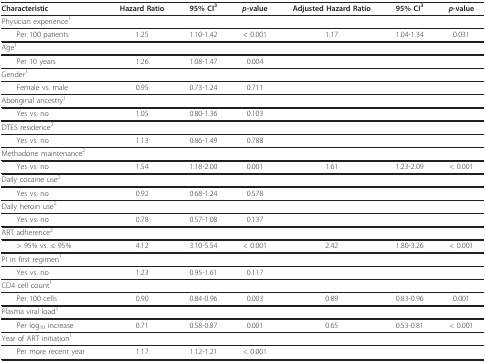
<table><thead><tr><td><b>Characteristic</b></td><td><b>Hazard Ratio</b></td><td><b>95% CI<sup>3</sup></b></td><td><b><i>p</i>-value</b></td><td><b>Adjusted Hazard Ratio</b></td><td><b>95% CI<sup>3</sup></b></td><td><b><i>p</i>-value</b></td></tr></thead><tbody><tr><td>Physician experience<sup>1</sup></td><td></td><td></td><td></td><td></td><td></td><td></td></tr><tr><td> Per 100 patients</td><td>1.25</td><td>1.10-1.42</td><td>&lt; 0.001</td><td>1.17</td><td>1.04-1.34</td><td>0.031</td></tr><tr><td>Age<sup>1</sup></td><td></td><td></td><td></td><td></td><td></td><td></td></tr><tr><td> Per 10 years</td><td>1.26</td><td>1.08-1.47</td><td>0.004</td><td></td><td></td><td></td></tr><tr><td>Gender<sup>1</sup></td><td></td><td></td><td></td><td></td><td></td><td></td></tr><tr><td> Female vs. male</td><td>0.95</td><td>0.73-1.24</td><td>0.711</td><td></td><td></td><td></td></tr><tr><td>Aboriginal ancestry<sup>1</sup></td><td></td><td></td><td></td><td></td><td></td><td></td></tr><tr><td> Yes vs. no</td><td>1.05</td><td>0.80-1.36</td><td>0.103</td><td></td><td></td><td></td></tr><tr><td>DTES residence<sup>2</sup></td><td></td><td></td><td></td><td></td><td></td><td></td></tr><tr><td> Yes vs. no</td><td>1.13</td><td>0.86-1.49</td><td>0.788</td><td></td><td></td><td></td></tr><tr><td>Methadone maintenance<sup>2</sup></td><td></td><td></td><td></td><td></td><td></td><td></td></tr><tr><td> Yes vs. no</td><td>1.54</td><td>1.18-2.00</td><td>0.001</td><td>1.61</td><td>1.23-2.09</td><td>&lt; 0.001</td></tr><tr><td>Daily cocaine use<sup>2</sup></td><td></td><td></td><td></td><td></td><td></td><td></td></tr><tr><td> Yes vs. no</td><td>0.92</td><td>0.68-1.24</td><td>0.578</td><td></td><td></td><td></td></tr><tr><td>Daily heroin use<sup>2</sup></td><td></td><td></td><td></td><td></td><td></td><td></td></tr><tr><td> Yes vs. no</td><td>0.78</td><td>0.57-1.08</td><td>0.137</td><td></td><td></td><td></td></tr><tr><td>ART adherence<sup>2</sup></td><td></td><td></td><td></td><td></td><td></td><td></td></tr><tr><td> &gt; 95% vs. ≤ 95%</td><td>4.12</td><td>3.10-5.54</td><td>&lt; 0.001</td><td>2.42</td><td>1.80-3.26</td><td>&lt; 0.001</td></tr><tr><td>PI in first regimen<sup>1</sup></td><td></td><td></td><td></td><td></td><td></td><td></td></tr><tr><td> Yes vs. no</td><td>1.23</td><td>0.95-1.61</td><td>0.117</td><td></td><td></td><td></td></tr><tr><td>CD4 cell count<sup>1</sup></td><td></td><td></td><td></td><td></td><td></td><td></td></tr><tr><td> Per 100 cells</td><td>0.90</td><td>0.84-0.96</td><td>0.003</td><td>0.89</td><td>0.83-0.96</td><td>0.001</td></tr><tr><td>Plasma viral load<sup>1</sup></td><td></td><td></td><td></td><td></td><td></td><td></td></tr><tr><td> Per log<sub>10 </sub>increase</td><td>0.71</td><td>0.58-0.87</td><td>0.001</td><td>0.65</td><td>0.53-0.81</td><td>&lt; 0.001</td></tr><tr><td>Year of ART initiation<sup>1</sup></td><td></td><td></td><td></td><td></td><td></td><td></td></tr><tr><td> Per more recent year</td><td>1.17</td><td>1.12-1.21</td><td>&lt; 0.001</td><td></td><td></td><td></td></tr></tbody></table>